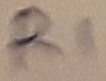
Text: R1